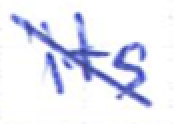
Text: its
Cross-out: diagonal
Writing tool: ballpoint